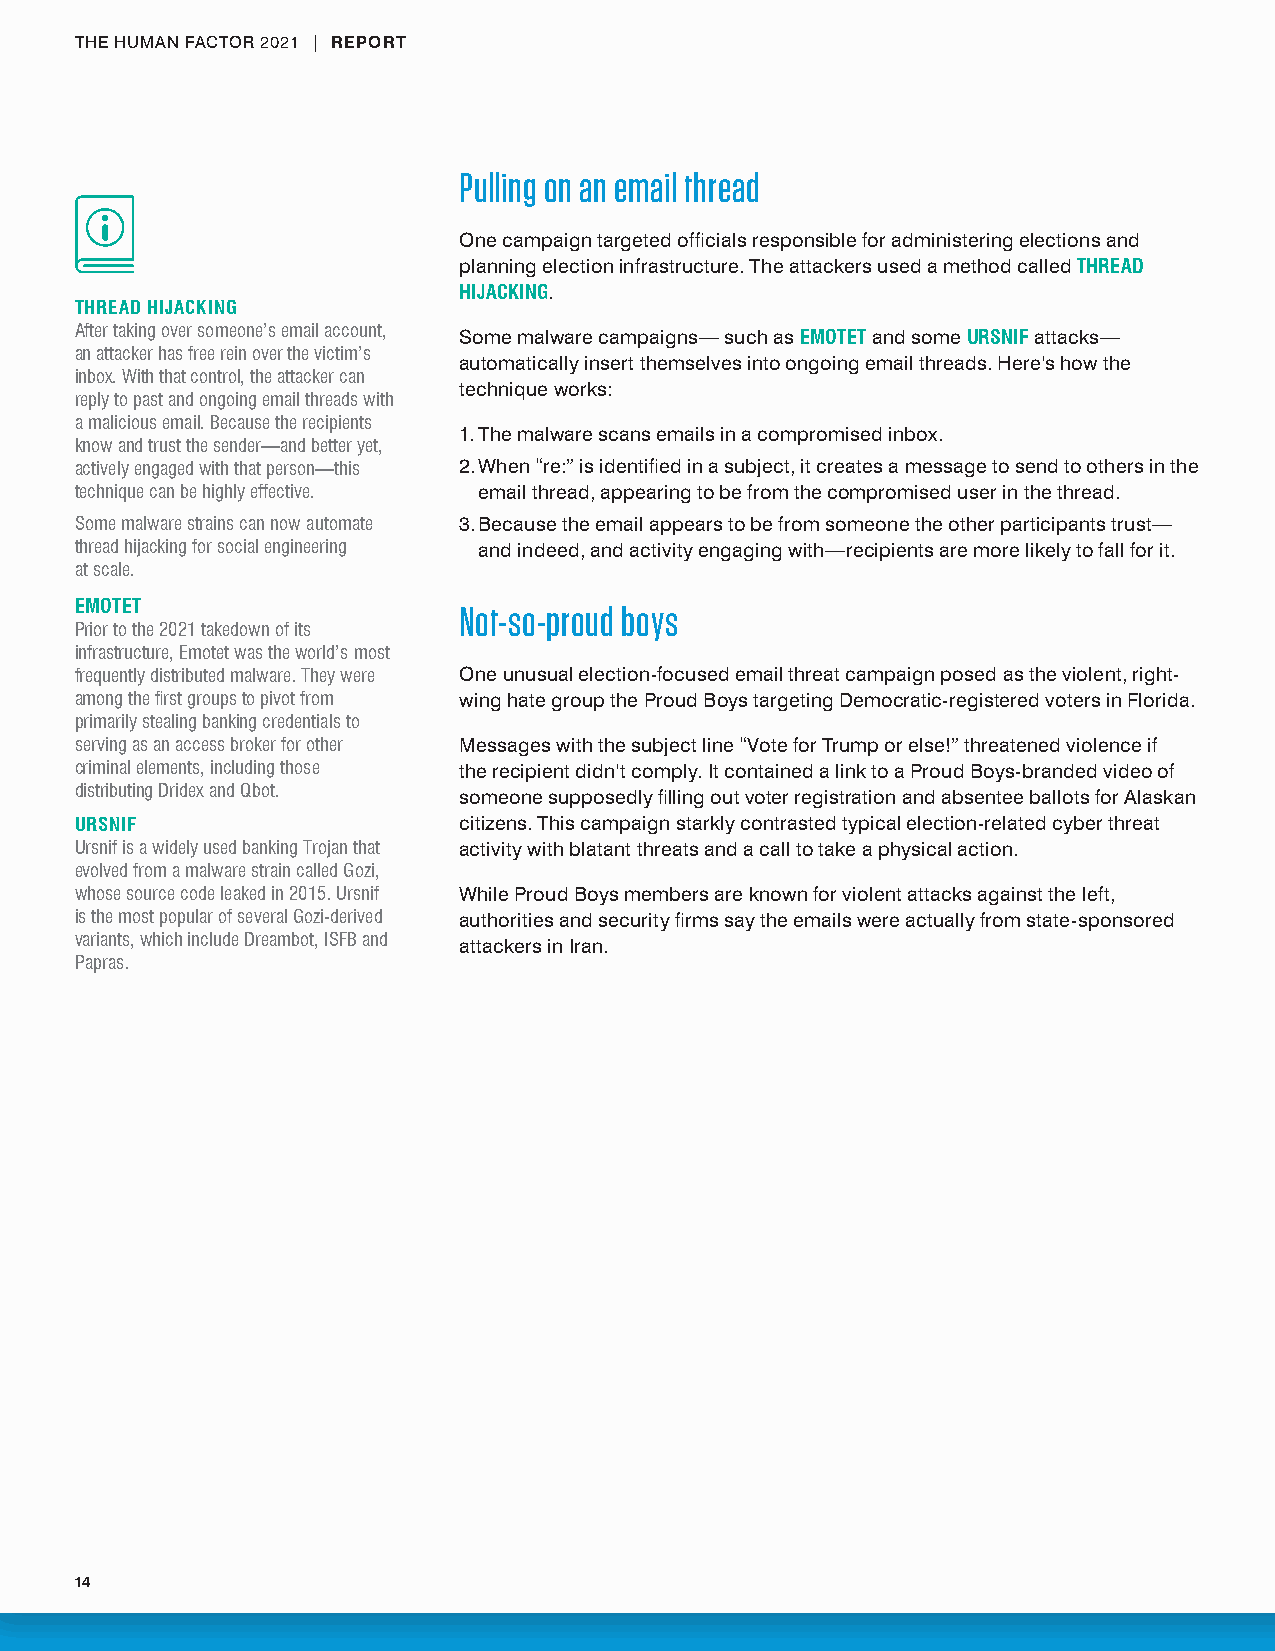
THE HUMAN FACTOR 2021 | REPORT
 Pulling on an email thread
 One campaign targeted officials responsible for administering elections and
 planning election infrastructure. The attackers used a method called THREAD
 HIJACKING.
 THREAD HIJACKING
 After taking over someone’s email account, Some malware campaigns— such as EMOTET and some URSNIF attacks—
 an attacker has free rein over the victim’s
 automatically insert themselves into ongoing email threads. Here’s how the
 inbox. With that control, the attacker can
 technique works:
 reply to past and ongoing email threads with
 a malicious email . Because the recipients
 1. The malware scans emails in a compromised inbox.
 know and trust the sender—and better yet,
 actively engaged with that person—this 2. When “re:” is identified in a subject, it creates a message to send to others in the
 technique can be highly effective . email thread, appearing to be from the compromised user in the thread.
 Some malware strains can now automate 3. Because the email appears to be from someone the other participants trust—
 thread hijacking for social engineering and indeed, and activity engaging with—recipients are more likely to fall for it.
 at scale .
 EMOTET                   Not-so-proud boys
 Prior to the 2021 takedown of its
 infrastructure, Emotet was the world’s most
 frequently distributed malware . They were One unusual election-focused email threat campaign posed as the violent, right-
 among the first groups to pivot from wing hate group the Proud Boys targeting Democratic-registered voters in Florida.
 primarily stealing banking credentials to
 serving as an access broker for other Messages with the subject line “Vote for Trump or else!” threatened violence if
 criminal elements, including those the recipient didn’t comply. It contained a link to a Proud Boys-branded video of
 distributing Dridex and Qbot.
 someone supposedly filling out voter registration and absentee ballots for Alaskan
 URSNIF                   citizens. This campaign starkly contrasted typical election-related cyber threat
 Ursnif is a widely used banking Trojan that activity with blatant threats and a call to take a physical action.
 evolved from a malware strain called Gozi,
 whose source code leaked in 2015 . Ursnif While Proud Boys members are known for violent attacks against the left,
 is the most popular of several Gozi-derived authorities and security firms say the emails were actually from state-sponsored
 variants, which include Dreambot, ISFB and
 attackers in Iran.
 Papras .
 14